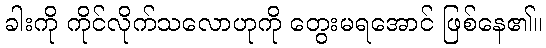
ခါးကို ကိုင်လိုက်သလောဟုကို တွေးမရအောင် ဖြစ်နေ၏။